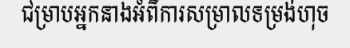
ជម្រាបអ្នកនាងអំពីការសម្រាលទម្រង់ហុច